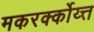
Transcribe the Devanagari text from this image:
मकरर्क्कोय्त्त